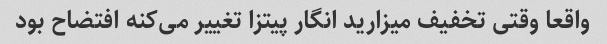
واقعا وقتی تخفیف میزارید انگار پیتزا تغییر می‌کنه افتضاح بود